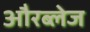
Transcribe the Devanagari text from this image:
औरब्लेज